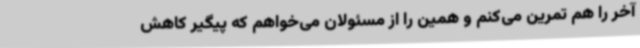
آخر را هم تمرین می‌کنم و همین را از مسئولان می‌خواهم که پیگیر کاهش